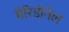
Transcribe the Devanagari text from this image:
मेरिडोनेल